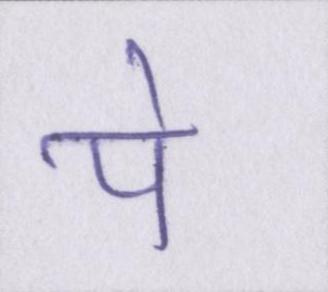
पे